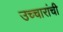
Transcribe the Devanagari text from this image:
उच्चारांची